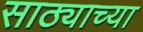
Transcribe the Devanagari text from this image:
साठ्याच्या